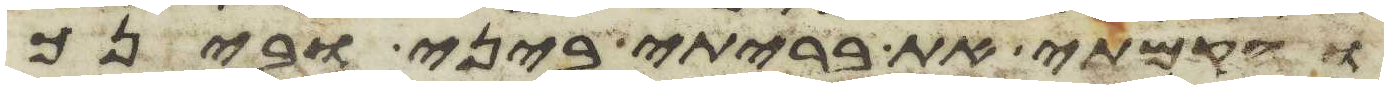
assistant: והקמתי את בריתי ביני ובינך